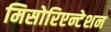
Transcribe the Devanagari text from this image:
मिसोरिएन्टेशन